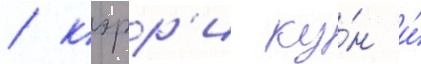
/ кэрр'и ку́н и́